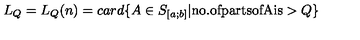
L _ { Q } = L _ { Q } ( n ) = c a r d \{ A \in S _ { [ a ; b ] } | \mathrm { n o . o f p a r t s o f A i s } > Q \}